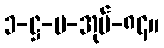
၁-ဋ္ဌ-ပ-အုပ်-၈၄။